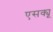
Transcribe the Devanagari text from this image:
एसक्यू